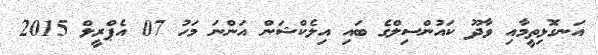
އަނގޮޅިތީމާއި ވާދޫ ކައުންސިލްގެ ބައި އިލެކްޝަން އަންނަ މަހު 07 އެޕްރީލް 2015